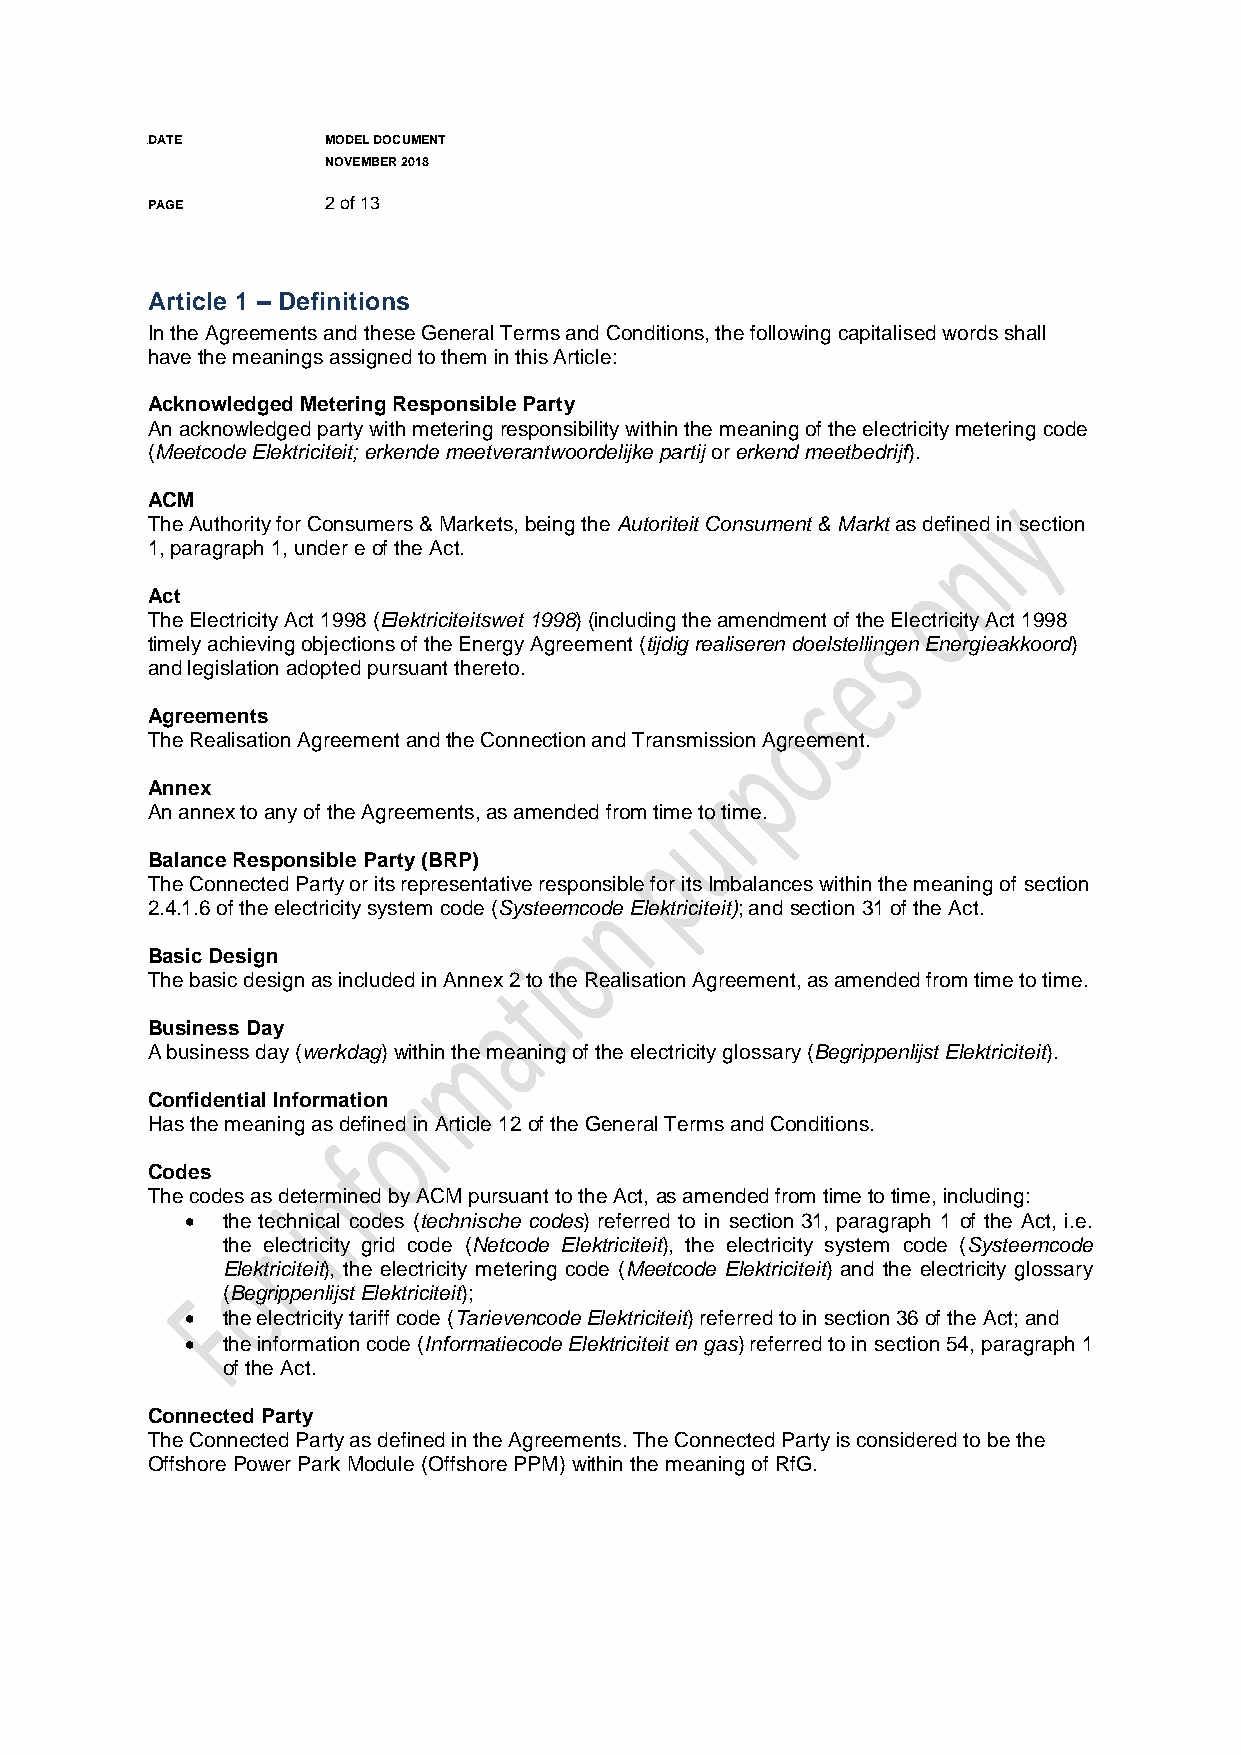
DADATE       MODEL DOCUMENT
 NOVEMBER 2018
 PAGE        2 of 13
 Article 1 – Definitions
 In the Agreements and these General Terms and Conditions, the following capitalised words shall
 have the meanings assigned to them in this Article:
 Acknowledged Metering Responsible Party
 An acknowledged party with metering responsibility within the meaning of the electricity metering code
 (Meetcode Elektriciteit; erkende meetverantwoordelijke partij or erkend meetbedrijf).
 ACM
 The Authority for Consumers & Markets, being the Autoriteit Consument & Markt as defined in section
 1, paragraph 1, under e of the Act.
 Act
 The Electricity Act 1998 (Elektriciteitswet 1998) (including the amendment of the Electricity Act 1998
 timely achieving objections of the Energy Agreement (tijdig realiseren doelstellingen Energieakkoord)
 and legislation adopted pursuant thereto.
 Agreements
 The Realisation Agreement and the Connection and Transmission Agreement.
 Annex
 An annex to any of the Agreements, as amended from time to time.
 Balance Responsible Party (BRP)
 The Connected Party or its representative responsible for its Imbalances within the meaning of section
 2.4.1.6 of the electricity system code (Systeemcode Elektriciteit); and section 31 of the Act.
 Basic Design
 The basic design as included in Annex 2 to the Realisation Agreement, as amended from time to time.
 Business Day
 A business day (werkdag) within the meaning of the electricity glossary (Begrippenlijst Elektriciteit).
 Confidential Information
 Has the meaning as defined in Article 12 of the General Terms and Conditions.
 Codes
 The codes as determined by ACM pursuant to the Act, as amended from time to time, including:
   the technical codes (technische codes) referred to in section 31, paragraph 1 of the Act, i.e.
 the electricity grid code (Netcode Elektriciteit), the electricity system code (Systeemcode
 Elektriciteit), the electricity metering code (Meetcode Elektriciteit) and the electricity glossary
 (Begrippenlijst Elektriciteit);
   the electricity tariff code (Tarievencode Elektriciteit) referred to in section 36 of the Act; and
   the information code (Informatiecode Elektriciteit en gas) referred to in section 54, paragraph 1
 of the Act.
 Connected Party
 The Connected Party as defined in the Agreements. The Connected Party is considered to be the
 Offshore Power Park Module (Offshore PPM) within the meaning of RfG.